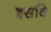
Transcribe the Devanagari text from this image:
इसवि